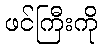
ဖင်ကြီးကို